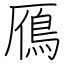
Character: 鴈